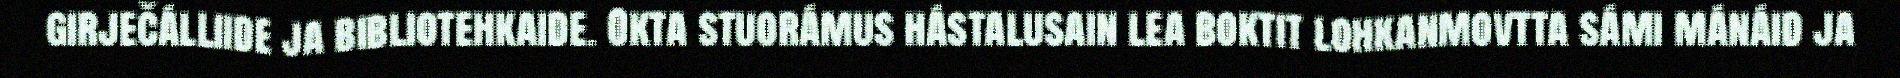
girječálliide ja bibliotehkaide. Okta stuorámus hástalusain lea boktit lohkanmovtta sámi mánáid ja